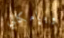
وبإمكاني